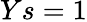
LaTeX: Ys=1